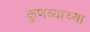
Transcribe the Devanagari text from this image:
कुणब्याच्या